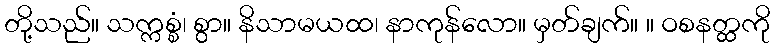
တို့သည်။ သက္ကစ္စံ၊ စွာ။ နိသာမယထ၊ နာကုန်လော။ မှတ်ချက်။ ။ ဝစနတ္ထကို